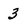
Character: 3